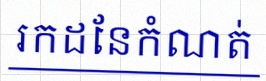
រកដែនកំណត់